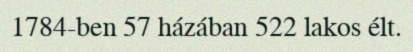
1784-ben 57 házában 522 lakos élt.